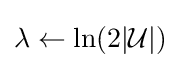
\lambda \leftarrow \ln(2|{\mathcal {U}}|)